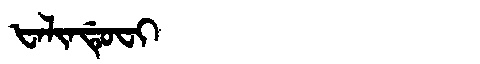
Manchu: ᡶᠠᠯᡳᠨᡩᡠᠸᡳ
Romanization: FALINDUFI